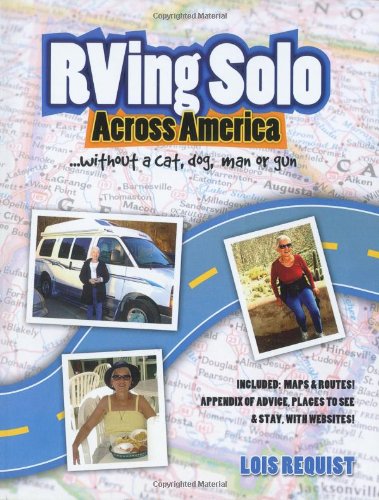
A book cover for RVing Solo Across America . . . without a cat, dog, man, or gun; Lois Requist; Travel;